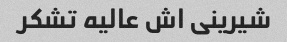
شیرینی اش عالیه تشکر